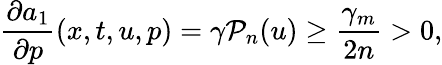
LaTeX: \frac{\partial a_{1}}{\partial p}(x,t,u,p)=\gamma\mathcal{P}_{n}(u)\geq\frac{\gamma_{m}}{2n}>0,